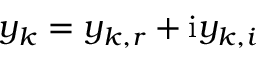
y _ { k } = y _ { k , r } + \mathrm { i } y _ { k , i }